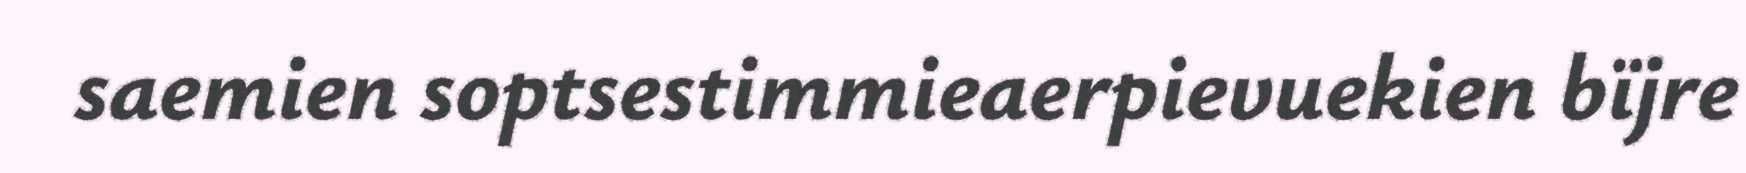
saemien soptsestimmieaerpievuekien bïjre